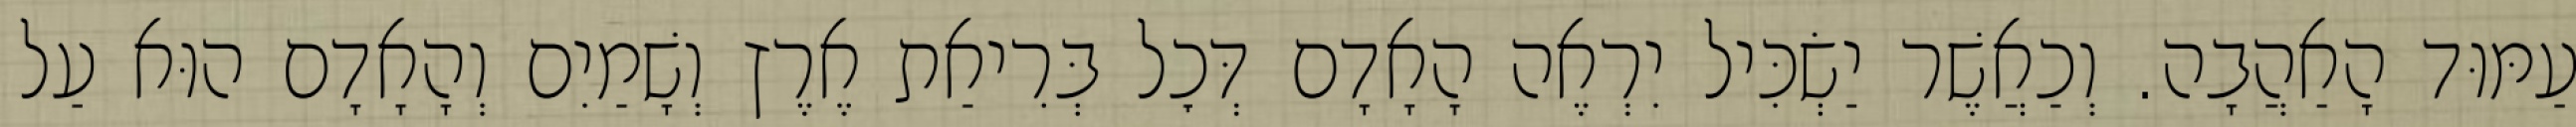
עַמּוּד הָאַהֲבָה. וְכַאֲשֶׁר יַשְׂכִּיל יִרְאֶה הָאָדָם דְּכׇל בְּרִיאַת אֶרֶץ וְשָׁמַיִם וְהָאָדָם הוּא עַל